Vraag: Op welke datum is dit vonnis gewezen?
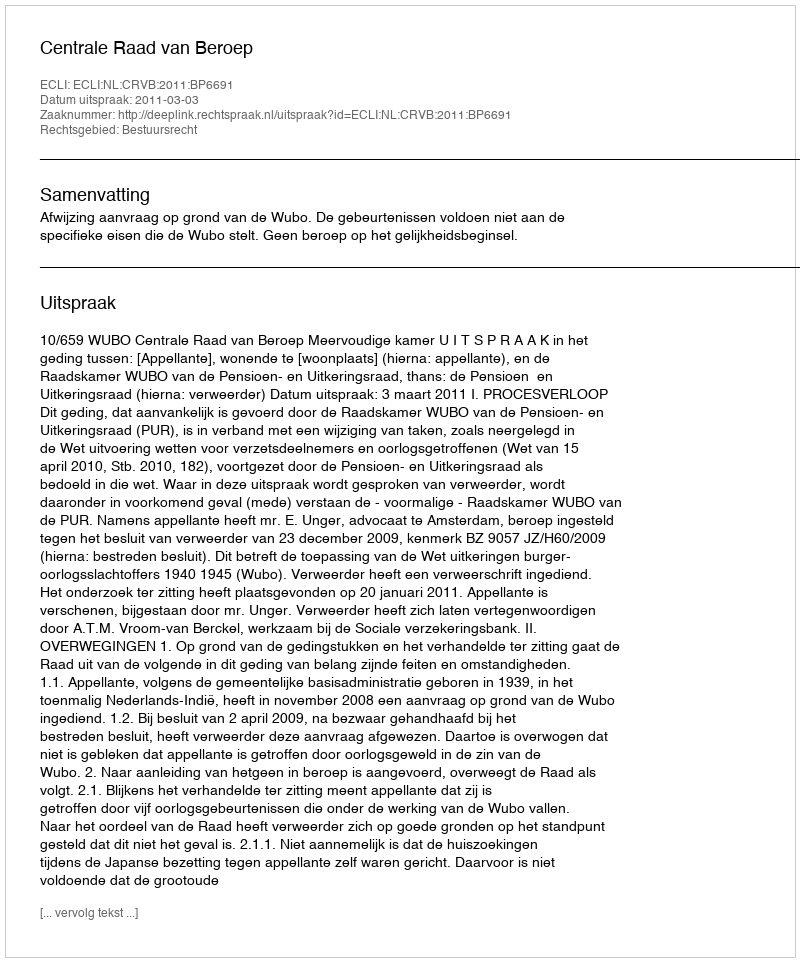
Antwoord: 2011-03-03